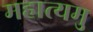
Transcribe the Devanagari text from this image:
महात्यमु